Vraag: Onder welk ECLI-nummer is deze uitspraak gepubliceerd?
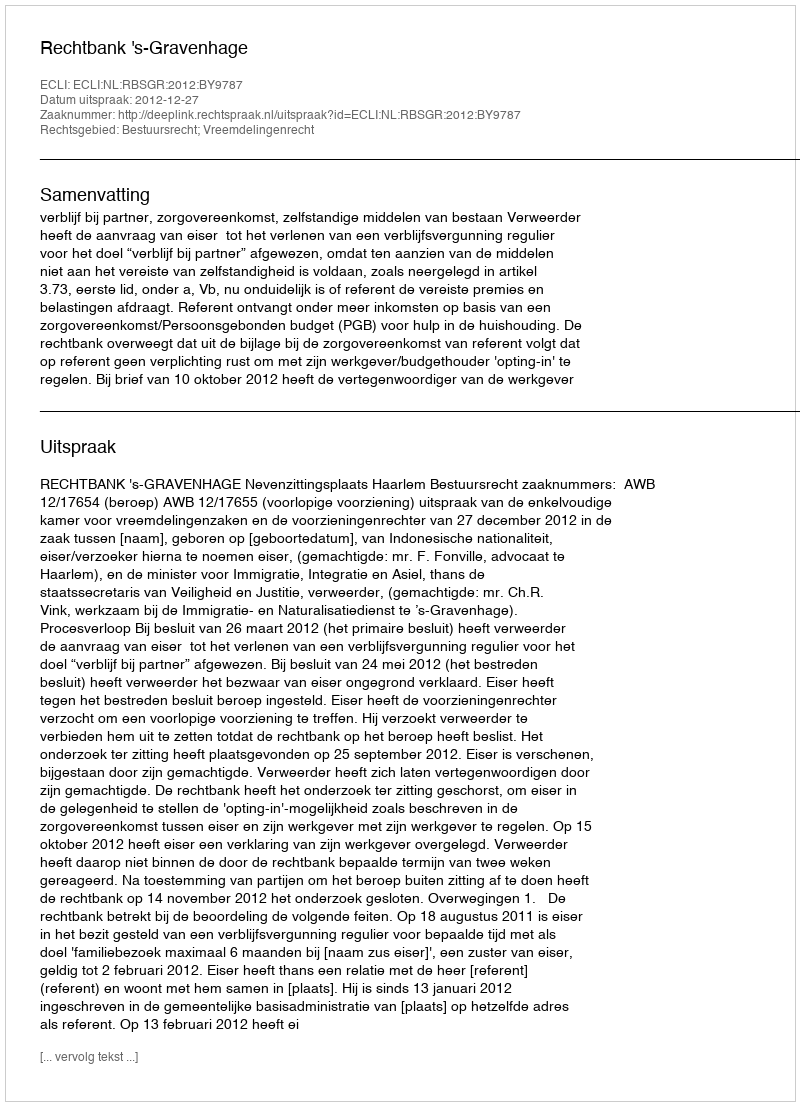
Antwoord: ECLI:NL:RBSGR:2012:BY9787